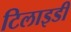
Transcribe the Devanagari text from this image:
टिलाइडी